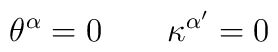
\theta^\alpha=0 \qquad \kappa^{\alpha'} =0